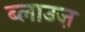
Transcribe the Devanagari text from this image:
ब्लाउज़